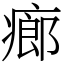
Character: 㾿